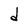
Character: d